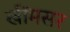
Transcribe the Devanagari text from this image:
खींमसर